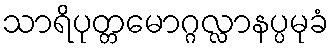
သာရိပုတ္တမောဂ္ဂလ္လာနပ္ပမုခံ